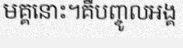
មគ្គនោះ។គឺបញ្ចូលអង្គ